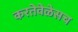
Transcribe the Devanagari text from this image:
करतेवेळेसच